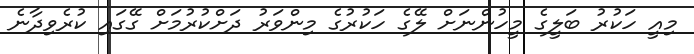
މިއީ ހަކުރު ބަލީގެ މީހުންނަށް ލޭގެ ހަކުރުގެ މިންވަރު ދަށްކުރުމަށް ގޭގައި ކުރެވިދާނެ